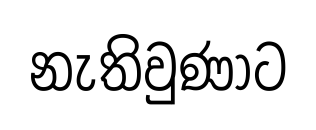
නැතිවුණාට